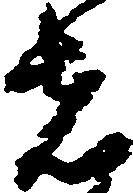
者